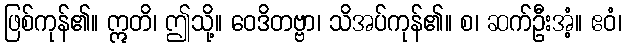
ဖြစ်ကုန်၏။ ဣတိ၊ ဤသို့။ ဝေဒိတဗ္ဗာ၊ သိအပ်ကုန်၏။ စ၊ ဆက်ဦးအံ့။ ဧဝံ၊